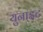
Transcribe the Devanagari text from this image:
युनाइट